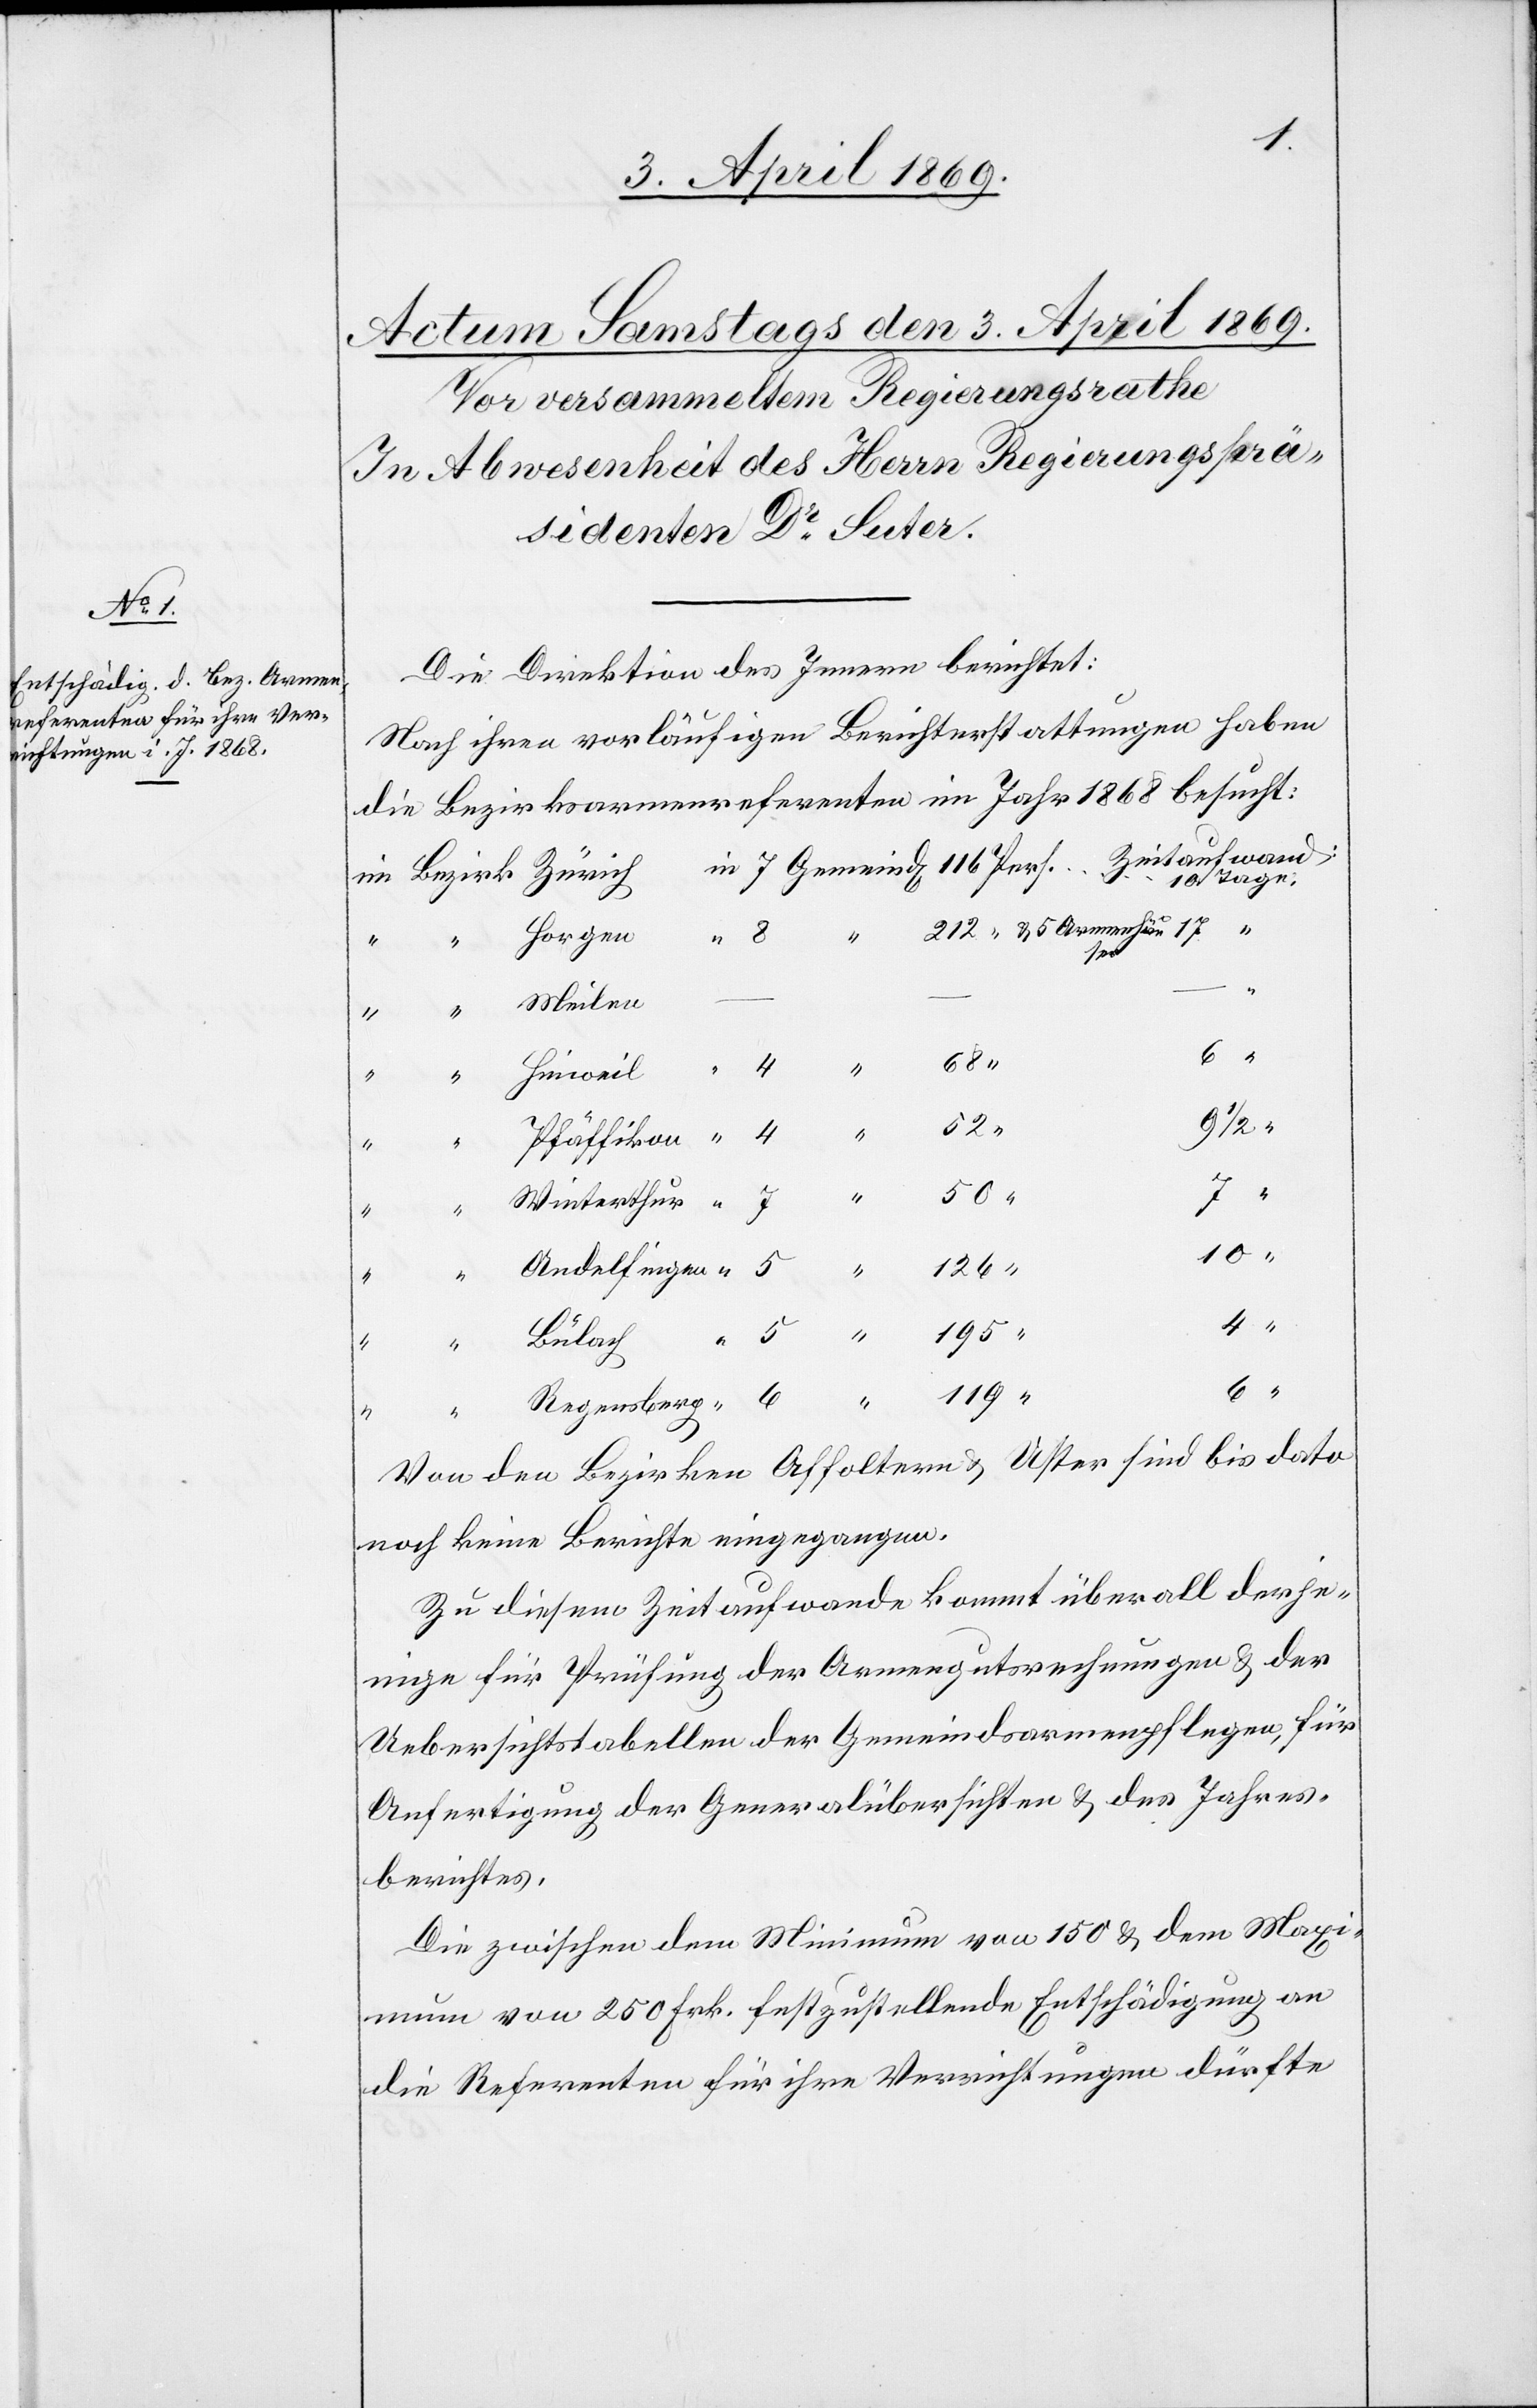
4

6

Die Direktion des Innern berichtet:
Nach ihren vorläufigen Berichterstattungen haben
die Bezirksarmenreferenten im Jahr 1868 besucht:
Meilen
u. 5
212
9 1/2
5
195
“
4
52
Von den Bezirken Affoltern u. Uster sind bis dato
noch keine Berichte eingegangen.
Zu diesem Zeitaufwande kommt überall derje¬
nige für Prüfung der Armengutsrechnungen u. der
Uebersichtstabellen der Gemeindsarmenpflegen, für
Anfertigung der Generalübersicht u. des Jahres¬
berichtes.
Die zwischen dem Minimum von 150 u. dem Maxi¬
mum von 250 Frk. festzustellende Entschädigung an
die Referenten für ihre Verrichtungen dürfte